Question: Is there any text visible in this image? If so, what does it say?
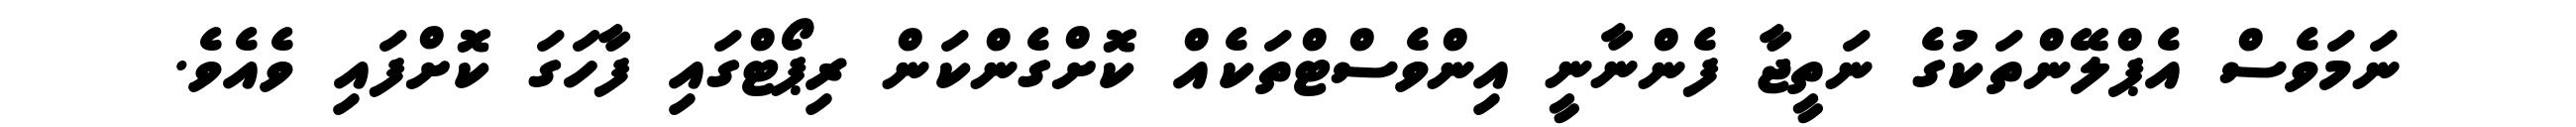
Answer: ނަމަވެސް އެޕްލޭންތަކުގެ ނަތީޖާ ފެންނާނީ އިންވެސްޓްތަކެއް ކޮށްގެންކަން ރިޕޯޓްގައި ފާހަގަ ކޮށްފައި ވެއެވެ.